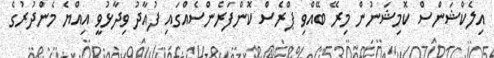
އިލެކްޝަންސް ކޮމިޝަނުން މިރޭ ބޭއްވި ޕްރެސް ކޮންފަރެންސެއްގައި ފުއާދު ވިދާޅުވީ އިއްޔެ މެންދުރުގެ